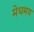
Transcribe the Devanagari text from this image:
मेघमय